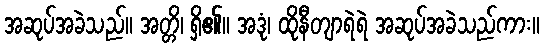
အဆုပ်အခဲသည်။ အတ္တိ၊ ရှိ၏။ အဒုံ၊ ထိုနီတျာရဲရဲ အဆုပ်အခဲသည်ကား။